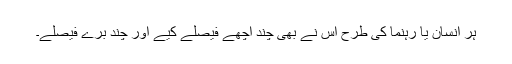
ہر انسان یا رہنما کی طرح اس نے بھی چند اچھے فیصلے کیے اور چند برے فیصلے۔